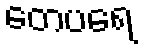
တေပရေ